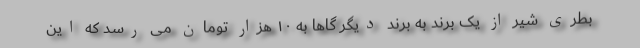
بطری شیر از یک برند به برند دیگر گاها به ۱۰ هزار تومان می رسد که این